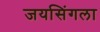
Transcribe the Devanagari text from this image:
जयसिंगला